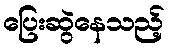
ပြေးဆွဲနေသည့်